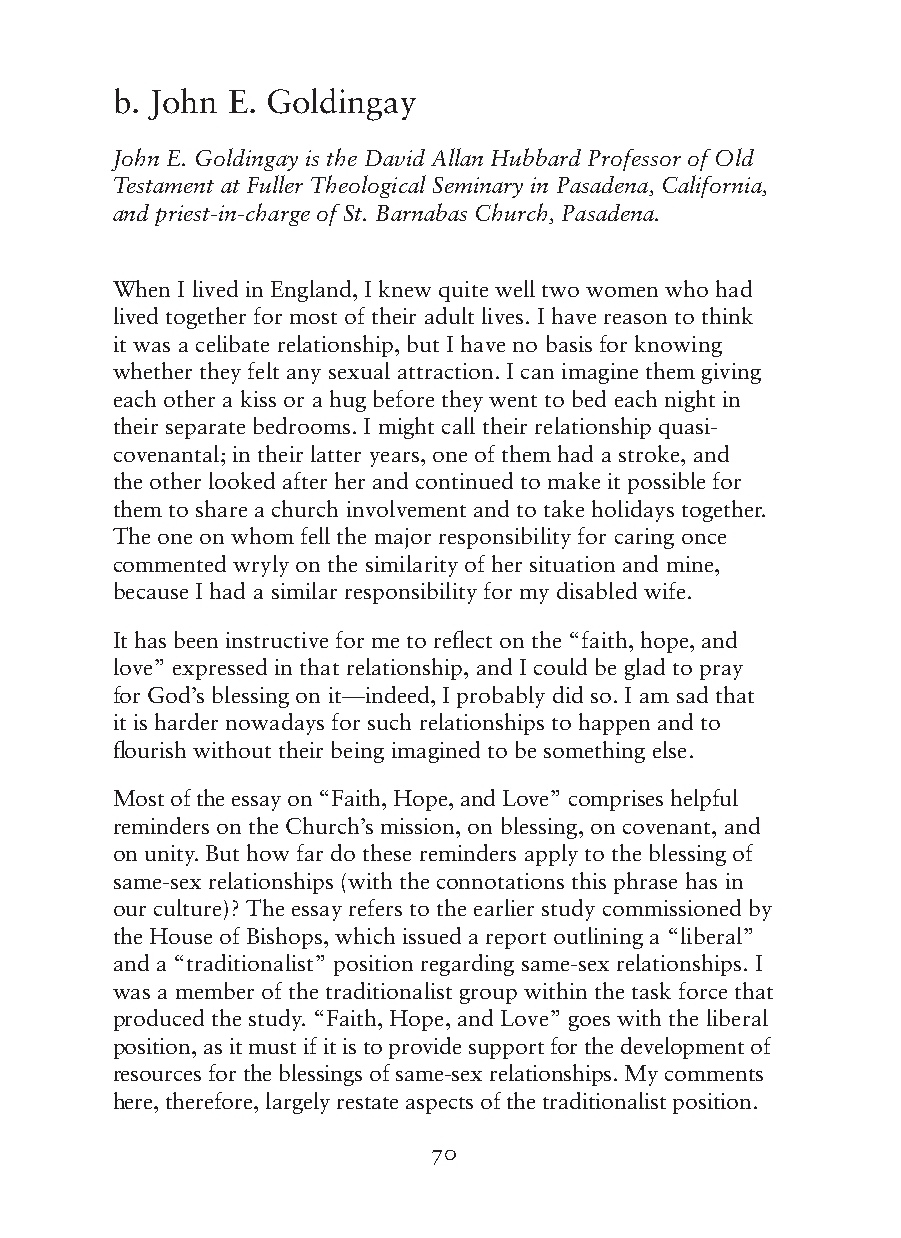
b. John E. Goldingay
 John E. Goldingay is the David Allan Hubbard Professor of Old
 Testament at Fuller Theological Seminary in Pasadena, California,
 and priest-in-charge of St. Barnabas Church, Pasadena.
 When I lived in England, I knew quite well two women who had
 lived together for most of their adult lives. I have reason to think
 it was a celibate relationship, but I have no basis for knowing
 whether they felt any sexual attraction. I can imagine them giving
 each other a kiss or a hug before they went to bed each night in
 their separate bedrooms. I might call their relationship quasi-
 covenantal; in their latter years, one of them had a stroke, and
 the other looked after her and continued to make it possible for
 them to share a church involvement and to take holidays together.
 The one on whom fell the major responsibility for caring once
 commented wryly on the similarity of her situation and mine,
 because I had a similar responsibility for my disabled wife.
 It has been instructive for me to reflect on the “faith, hope, and
 love” expressed in that relationship, and I could be glad to pray
 for God’s blessing on it—indeed, I probably did so. I am sad that
 it is harder nowadays for such relationships to happen and to
 flourish without their being imagined to be something else.
 Most of the essay on “Faith, Hope, and Love” comprises helpful
 reminders on the Church’s mission, on blessing, on covenant, and
 on unity. But how far do these reminders apply to the blessing of
 same-sex relationships (with the connotations this phrase has in
 our culture)? The essay refers to the earlier study commissioned by
 the House of Bishops, which issued a report outlining a “liberal”
 and a “traditionalist” position regarding same-sex relationships. I
 was a member of the traditionalist group within the task force that
 produced the study. “Faith, Hope, and Love” goes with the liberal
 position, as it must if it is to provide support for the development of
 resources for the blessings of same-sex relationships. My comments
 here, therefore, largely restate aspects of the traditionalist position.
 70